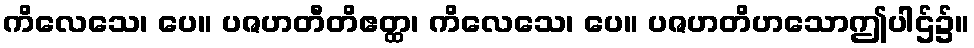
ကိလေသေ၊ ပေ။ ပဇဟတီတိဧတ္ထ၊ ကိလေသေ၊ ပေ။ ပဇဟတိဟသောဤပါဌ်၌။